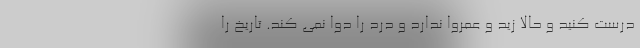
درست کنید و حالا زید و عمروا ندارد و درد را دوا نمی کند. تاریخ را